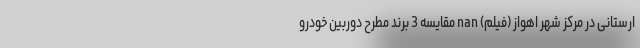
ارستانی در مرکز شهر اهواز (فیلم) nan مقایسه 3 برند مطرح دوربین خودرو